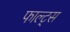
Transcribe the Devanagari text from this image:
फाल्ट्स